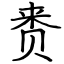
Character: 赉